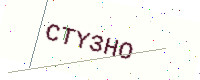
Text: CTY3HO